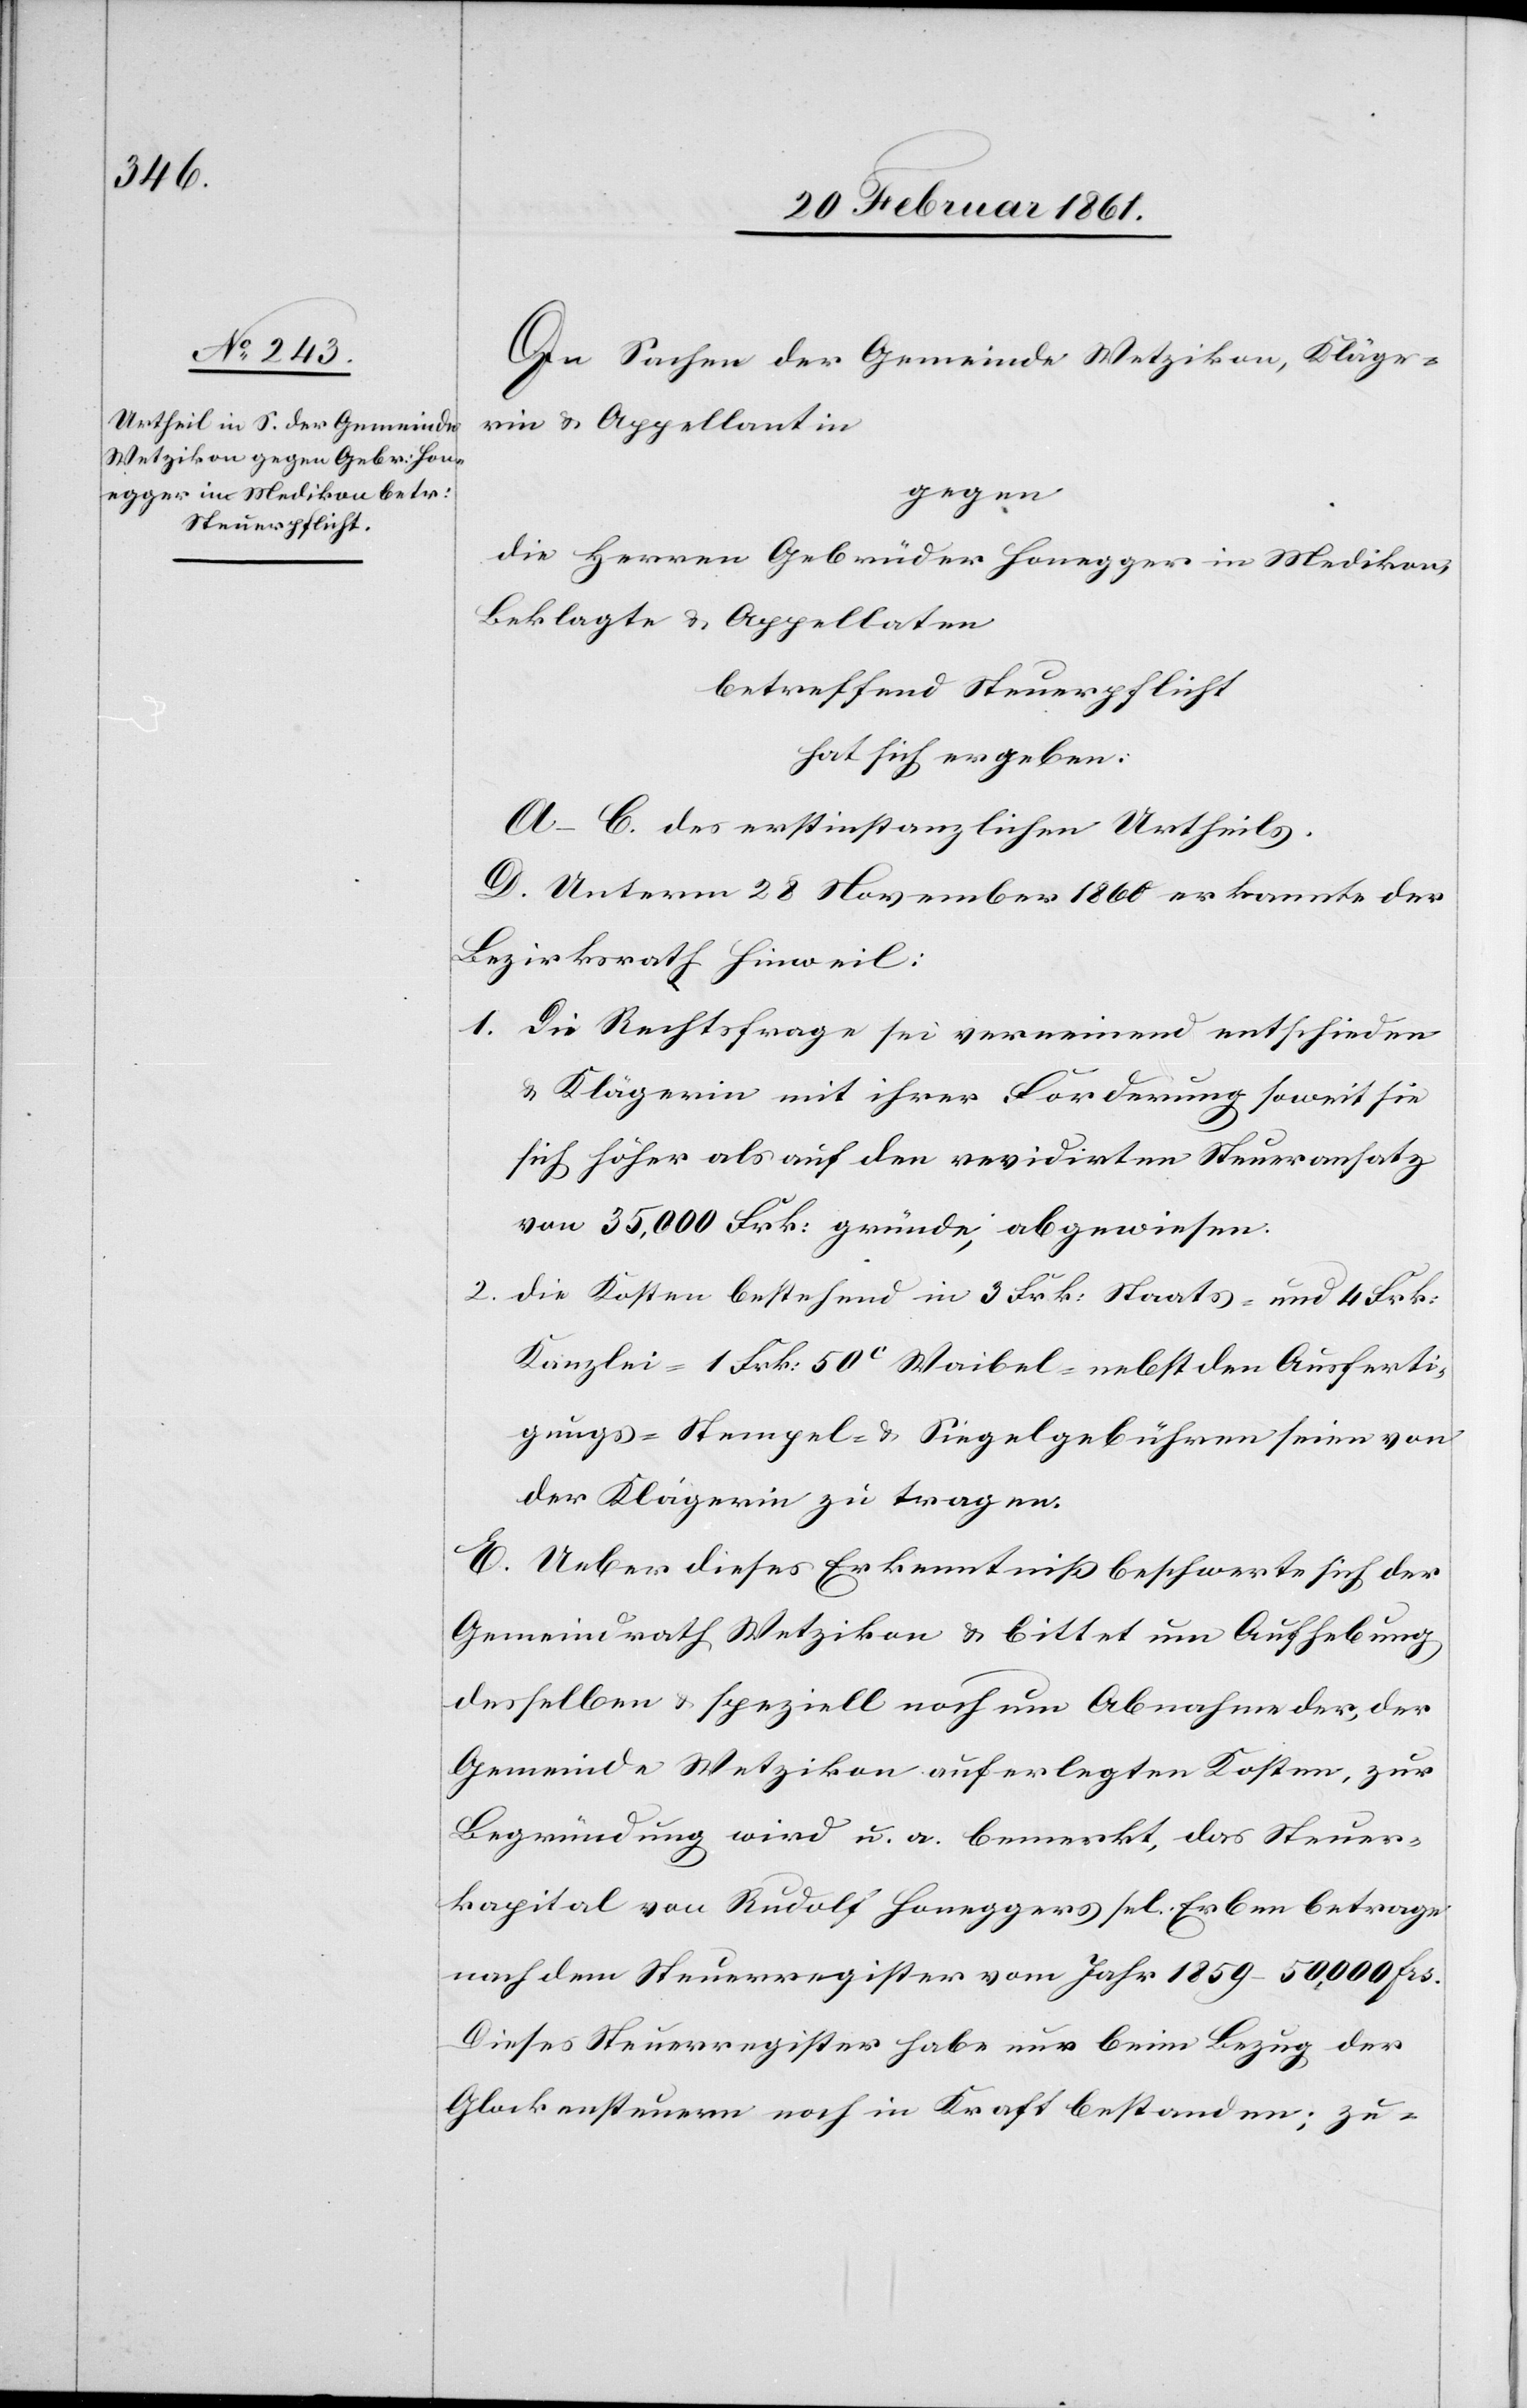
In Sachen der Gemeinde Wetzikon, Kläge¬
rin u. Appellantin
gegen
die Herren Gebrüder Honegger in Medikon,
Beklagte u. Appellaten
betreffend Steuerpflicht
hat sich ergeben:
A–C. des erstinstanzlichen Urtheils.
D. Unterm 28. November 1860 erkannte der
Bezirksrath Hinweil:
1. Die Rechtsfrage sei verneinend entschieden
u. Klägerin mit ihrer Forderung soweit sie
sich höher als auf den revidirten Steueransatz
von 35,000 Frk: gründe, abgewiesen.
2. Die Kosten bestehend in 3 Frk. Staats- und 4 Frk:
Kanzlei-[,] 1. Frk. 50C Waibel- nebst den Ausferti¬
gungs-[,] Stempel- u. Siegelgebühren seien von
der Klägerin zu tragen.
E. Ueber dieses Erkenntniss beschwerte sich der
Gemeindrath Wetzikon u. bittet um Aufhebung
desselben u. speziell noch um Abnahme der, der
Gemeinde Wetzikon auferlegten Kosten, zur
Begründung wird u. a. bemerkt, das Steuer¬
kapital von Rudolf Honeggers sel. Erben betrage
nach dem Steuerregister vom Jahr 1859 50,000 frs.
Dieses Steuerregister habe nur beim Bezug der
Glockensteuer noch in Kraft bestanden; zu-